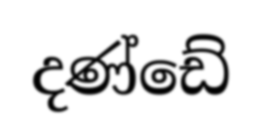
දණ්ඩේ